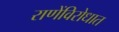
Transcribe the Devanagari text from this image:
राणेंविरोधात